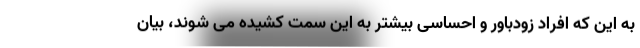
به این که افراد زودباور و احساسی بیشتر به این سمت کشیده می شوند، بیان